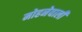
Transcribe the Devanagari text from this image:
मोहनेवाली